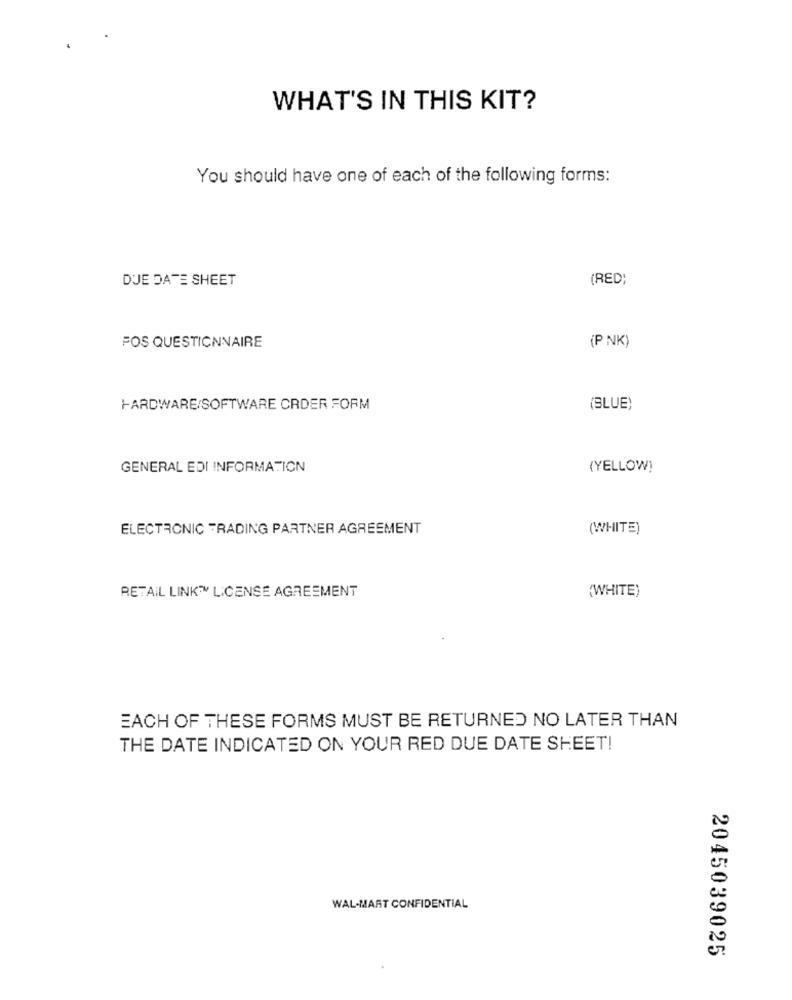
WHAT'S IN THIS KIT?
You should have one of each of the following forms:
DUE DATE SHEET
(RED)
FOS QUESTIONNAIRE
(P NK)
HARDWARE/SOFTWARE CRDER FORM
(BLUE)
GENERAL EDI INFORMATION
(YELLOW)
ELECTRONIC TRADING PARTNER AGREEMENT
(WHITE)
RETAIL LINK™ LICENSE AGREEMENT
(WHITE)
EACH OF THESE FORMS MUST BE RETURNED NO LATER THAN
THE DATE INDICATED ON YOUR RED DUE DATE SHEET!
WAL-MART CONFIDENTIAL
2045039025